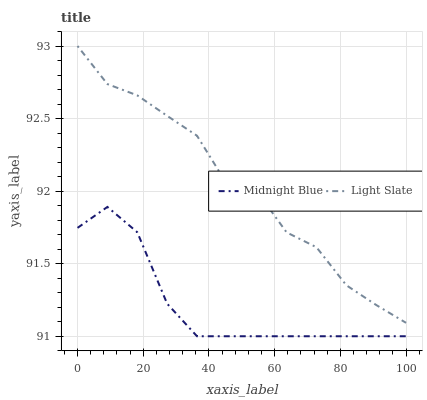
| xaxis_label | Midnight Blue | Light Slate |
 | --- | --- | --- |
 | 0 | 91.7 | 93 |
 | 9.09 | 91.9 | 92.7 |
 | 18.2 | 91.7 | 92.7 |
 | 27.3 | 91.2 | 92.5 |
 | 36.4 | 91 | 92.4 |
 | 45.5 | 91 | 92 |
 | 54.5 | 91 | 92 |
 | 63.6 | 91 | 91.7 |
 | 72.7 | 91 | 91.6 |
 | 81.8 | 91 | 91.4 |
 | 90.9 | 91 | 91.2 |
 | 100 | 91 | 91.1 |